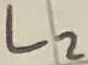
Text: L2